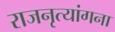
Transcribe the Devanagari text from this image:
राजनृत्यांगना